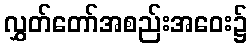
လွှတ်တော်အစည်းအဝေး၌